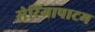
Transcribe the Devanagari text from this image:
सेरिंगापाटम